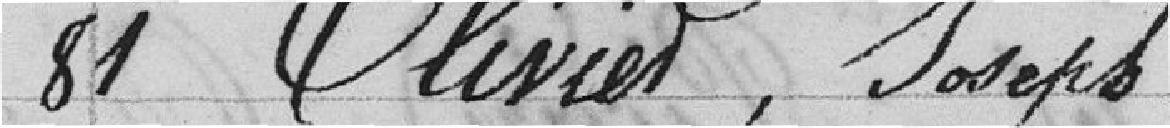
84 Olivier, Joseph